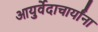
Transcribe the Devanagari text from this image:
आयुर्वेदाचार्यांना